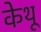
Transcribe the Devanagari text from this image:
केथू